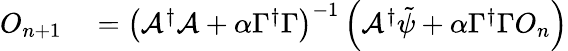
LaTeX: \begin{array}{rl}{O_{n+1}}&{{}=\left(\mathcal{A}^{\dagger}\mathcal{A}+\alpha\Gamma^{\dagger}\Gamma\right)^{-1}\left(\mathcal{A}^{\dagger}\tilde{\psi}+\alpha\Gamma^{\dagger}\Gamma O_{n}\right)}\end{array}